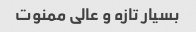
بسیار تازه و عالی ممنوت